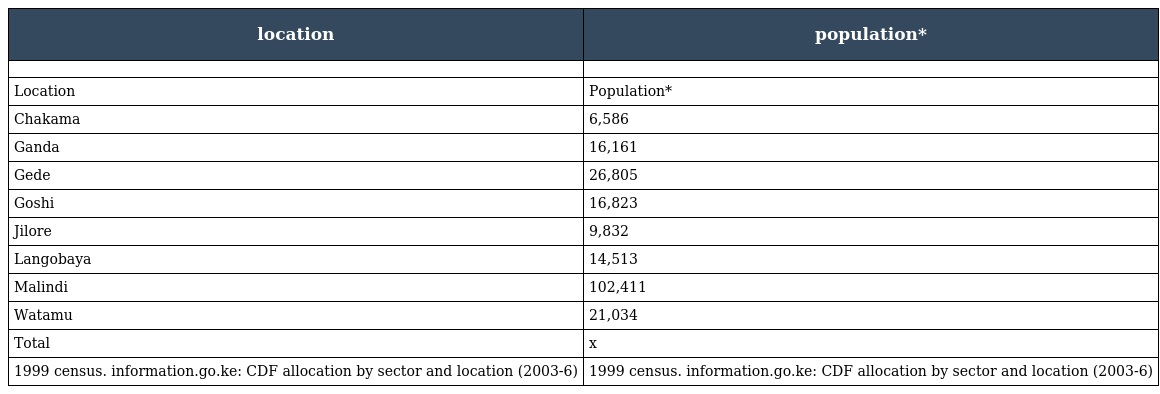
| location | population* |
 | --- | --- |
 |  |  |
 | Location | Population* |
 | Chakama | 6,586 |
 | Ganda | 16,161 |
 | Gede | 26,805 |
 | Goshi | 16,823 |
 | Jilore | 9,832 |
 | Langobaya | 14,513 |
 | Malindi | 102,411 |
 | Watamu | 21,034 |
 | Total | x |
 | 1999 census. information.go.ke: CDF allocation by sector and location (2003-6) | 1999 census. information.go.ke: CDF allocation by sector and location (2003-6) |